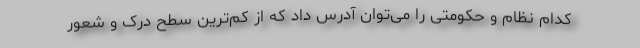
کدام نظام و حکومتی را می‌توان آدرس داد که از کم‌ترین سطح درک و شعور